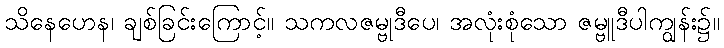
သိနေဟေန၊ ချစ်ခြင်းကြောင့်။ သကလဇမ္ဗုဒီပေ၊ အလုံးစုံသော ဇမ္ဗူဒီပါကျွန်း၌။